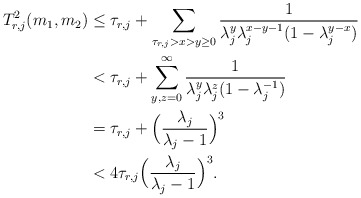
\begin{align*}T^2_{r,j}(m_1,m_2)&\leq \tau_{r,j} + \sum_{\tau_{r,j} > x > y\geq 0} \frac{1}{\lambda_j^y \lambda_j^{x-y-1}(1-\lambda_j^{y-x})}\\&< \tau_{r,j} +\sum_{y,z=0}^{\infty} \frac{1}{\lambda_j^y \lambda_j^z (1-\lambda_j^{-1})}\\&= \tau_{r,j}+\Big(\frac{\lambda_j}{\lambda_j-1} \Big)^3\\&<4\tau_{r,j}\Big(\frac{\lambda_j}{\lambda_j-1} \Big)^3.\end{align*}